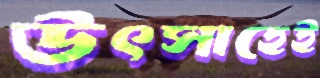
উৎসাহেই